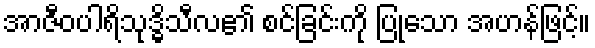
အာဇီဝပါရိသုဒ္ဓိသီလ၏ စင်ခြင်းကို ပြုသော အဟန်ဖြင့်။